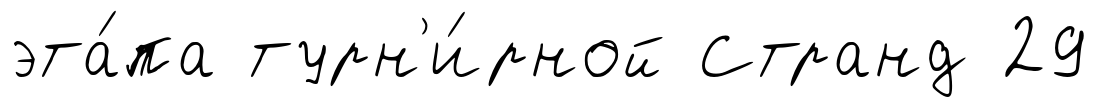
эта́па турн'и́рной Странд 29